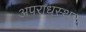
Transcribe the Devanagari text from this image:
अपराधस्थल